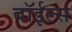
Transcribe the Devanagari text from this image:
बॉईल्स